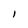
Character: 1